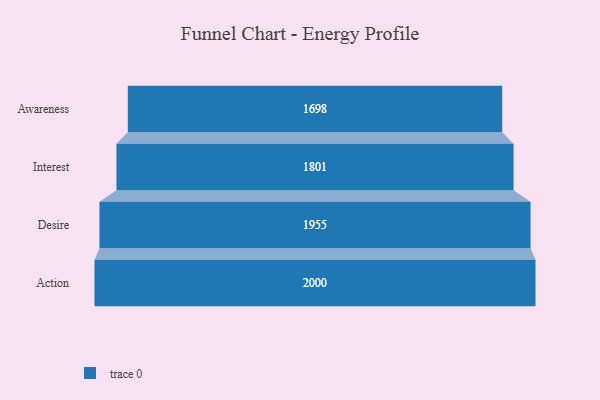
{"axis": {"x": "Stage", "y": "Value"}, "legend": [""], "data": [{"x": "Awareness", "y": 1698.0, "type": ""}, {"x": "Interest", "y": 1801.0, "type": ""}, {"x": "Desire", "y": 1955.0, "type": ""}, {"x": "Action", "y": 2000, "type": ""}]}